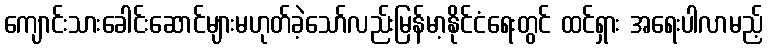
ကျောင်းသားခေါင်းဆောင်များမဟုတ်ခဲ့သော်လည်းမြန်မာ့နိုင်ငံရေးတွင် ထင်ရှား အရေးပါလာမည့်